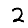
Digit: 2